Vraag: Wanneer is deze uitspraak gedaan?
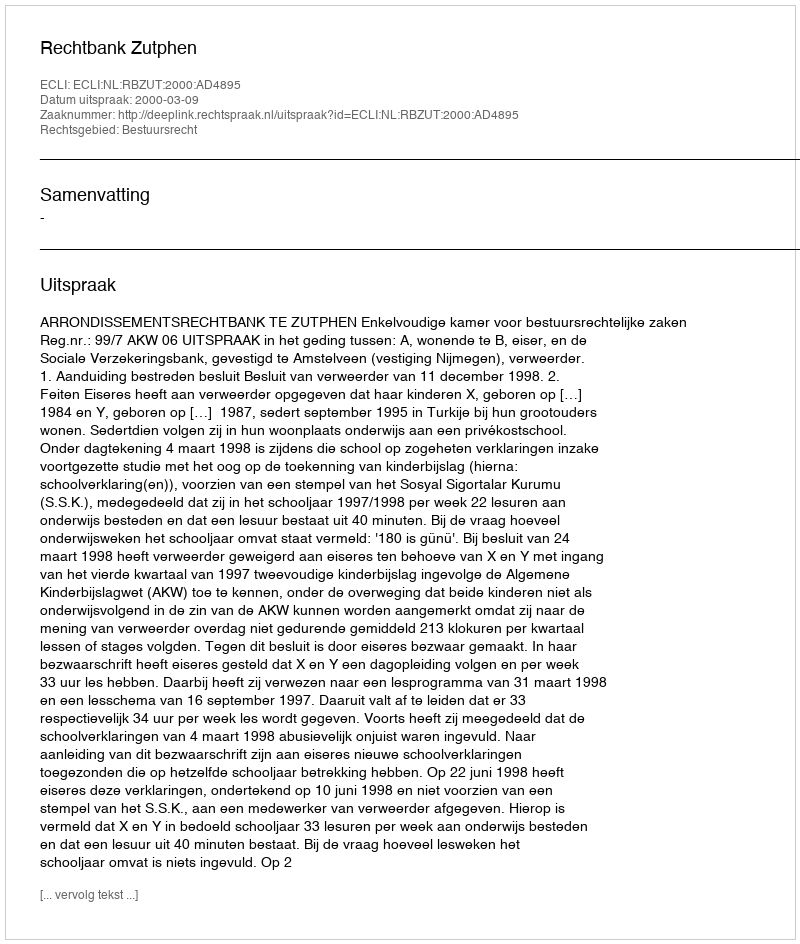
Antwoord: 2000-03-09